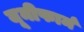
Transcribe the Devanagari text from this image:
यूनीफार्म